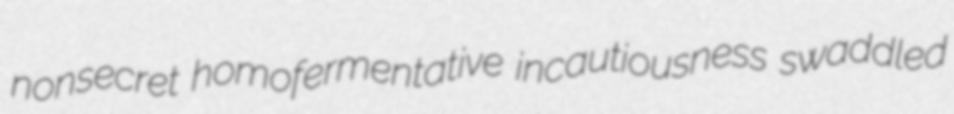
nonsecret homofermentative incautiousness swaddled